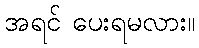
အရင် ပေးရမလား။